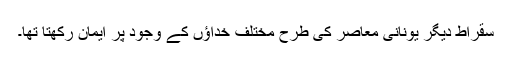
سقراط دیگر یونانی معاصر کی طرح مختلف خداؤں کے وجود پر ایمان رکھتا تھا۔